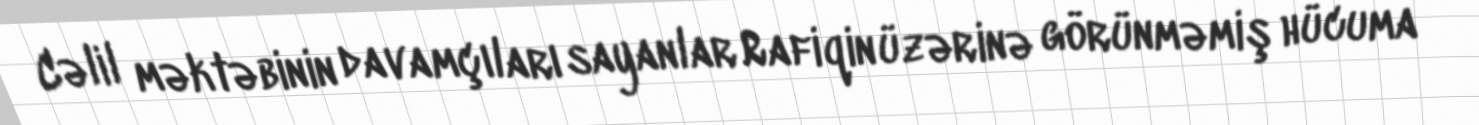
Cəlil məktəbinin davamçıları sayanlar Rafiqin üzərinə görünməmiş hücuma